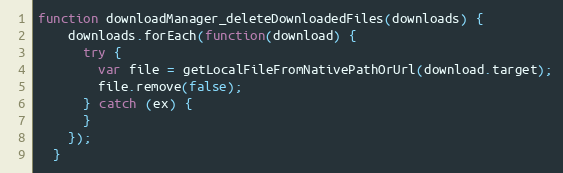
Language: JavaScript
function downloadManager_deleteDownloadedFiles(downloads) {
    downloads.forEach(function(download) {
      try {
        var file = getLocalFileFromNativePathOrUrl(download.target);
        file.remove(false);
      } catch (ex) {
      }
    });
  }